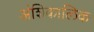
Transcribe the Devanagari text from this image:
अंशिकालिक